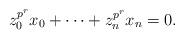
LaTeX: \begin{align*}z_0^{p^r}x_0+\cdots+z_n^{p^r}x_n=0.\end{align*}